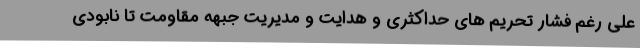
علی رغم فشار تحریم های حداکثری و هدایت و مدیریت جبهه مقاومت تا نابودی